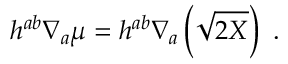
h ^ { a b } \nabla _ { a } \mu = h ^ { a b } \nabla _ { a } \left( \sqrt { 2 X } \right) ~ .